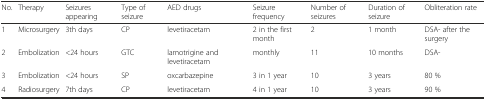
<table><thead><tr><td><b>No.</b></td><td><b>Therapy</b></td><td><b>Seizures appearing</b></td><td><b>Type of seizure</b></td><td><b>AED drugs</b></td><td><b>Seizure frequency</b></td><td><b>Number of seizures</b></td><td><b>Duration of seizure</b></td><td><b>Obliteration rate</b></td></tr></thead><tbody><tr><td>1</td><td>Microsurgery</td><td>3th days</td><td>CP</td><td>levetiracetam</td><td>2 in the first month</td><td>2</td><td>1 month</td><td>DSA- after the surgery</td></tr><tr><td>2</td><td>Embolization</td><td>&lt;24 hours</td><td>GTC</td><td>lamotrigine and levetiracetam</td><td>monthly</td><td>11</td><td>10 months</td><td>DSA-</td></tr><tr><td>3</td><td>Embolization</td><td>&lt;24 hours</td><td>SP</td><td>oxcarbazepine</td><td>3 in 1 year</td><td>10</td><td>3 years</td><td>80 %</td></tr><tr><td>4</td><td>Radiosurgery</td><td>7th days</td><td>CP</td><td>levetiracetam</td><td>4 in 1 year</td><td>10</td><td>3 years</td><td>90 %</td></tr></tbody></table>